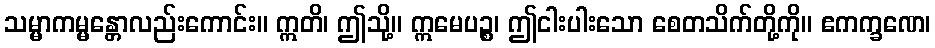
သမ္မာကမ္မန္တောလည်းကောင်း။ ဣတိ၊ ဤသို့။ ဣမေပဉ္စ၊ ဤငါးပါးသော စေတသိက်တို့ကို။ ဧကက္ခဏေ၊